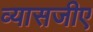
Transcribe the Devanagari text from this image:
व्यासजीए